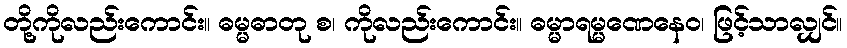
တို့ကိုလည်းကောင်း။ ဓမ္မဓာတု စ၊ ကိုလည်းကောင်း။ ဓမ္မာရမ္မဏေနေဝ၊ ဖြင့်သာလျှင်။